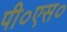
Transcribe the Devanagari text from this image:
पी०एस०